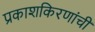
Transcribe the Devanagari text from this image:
प्रकाशकिरणांची